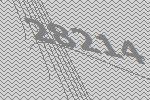
28214